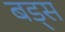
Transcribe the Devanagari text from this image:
बड्स